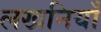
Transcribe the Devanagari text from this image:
लखनियाँ